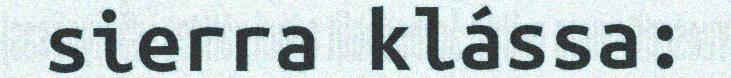
sierra klássa: